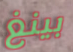
بينغ